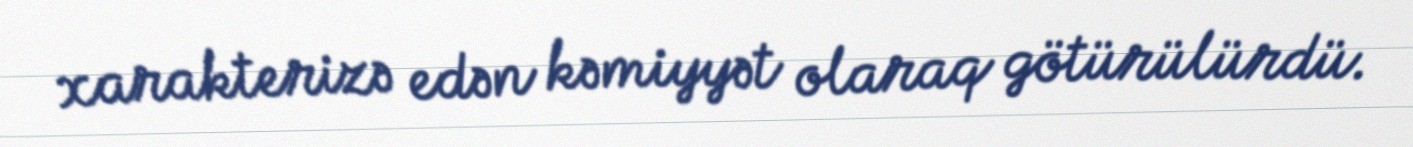
xarakterizə edən kəmiyyət olaraq götürülürdü.